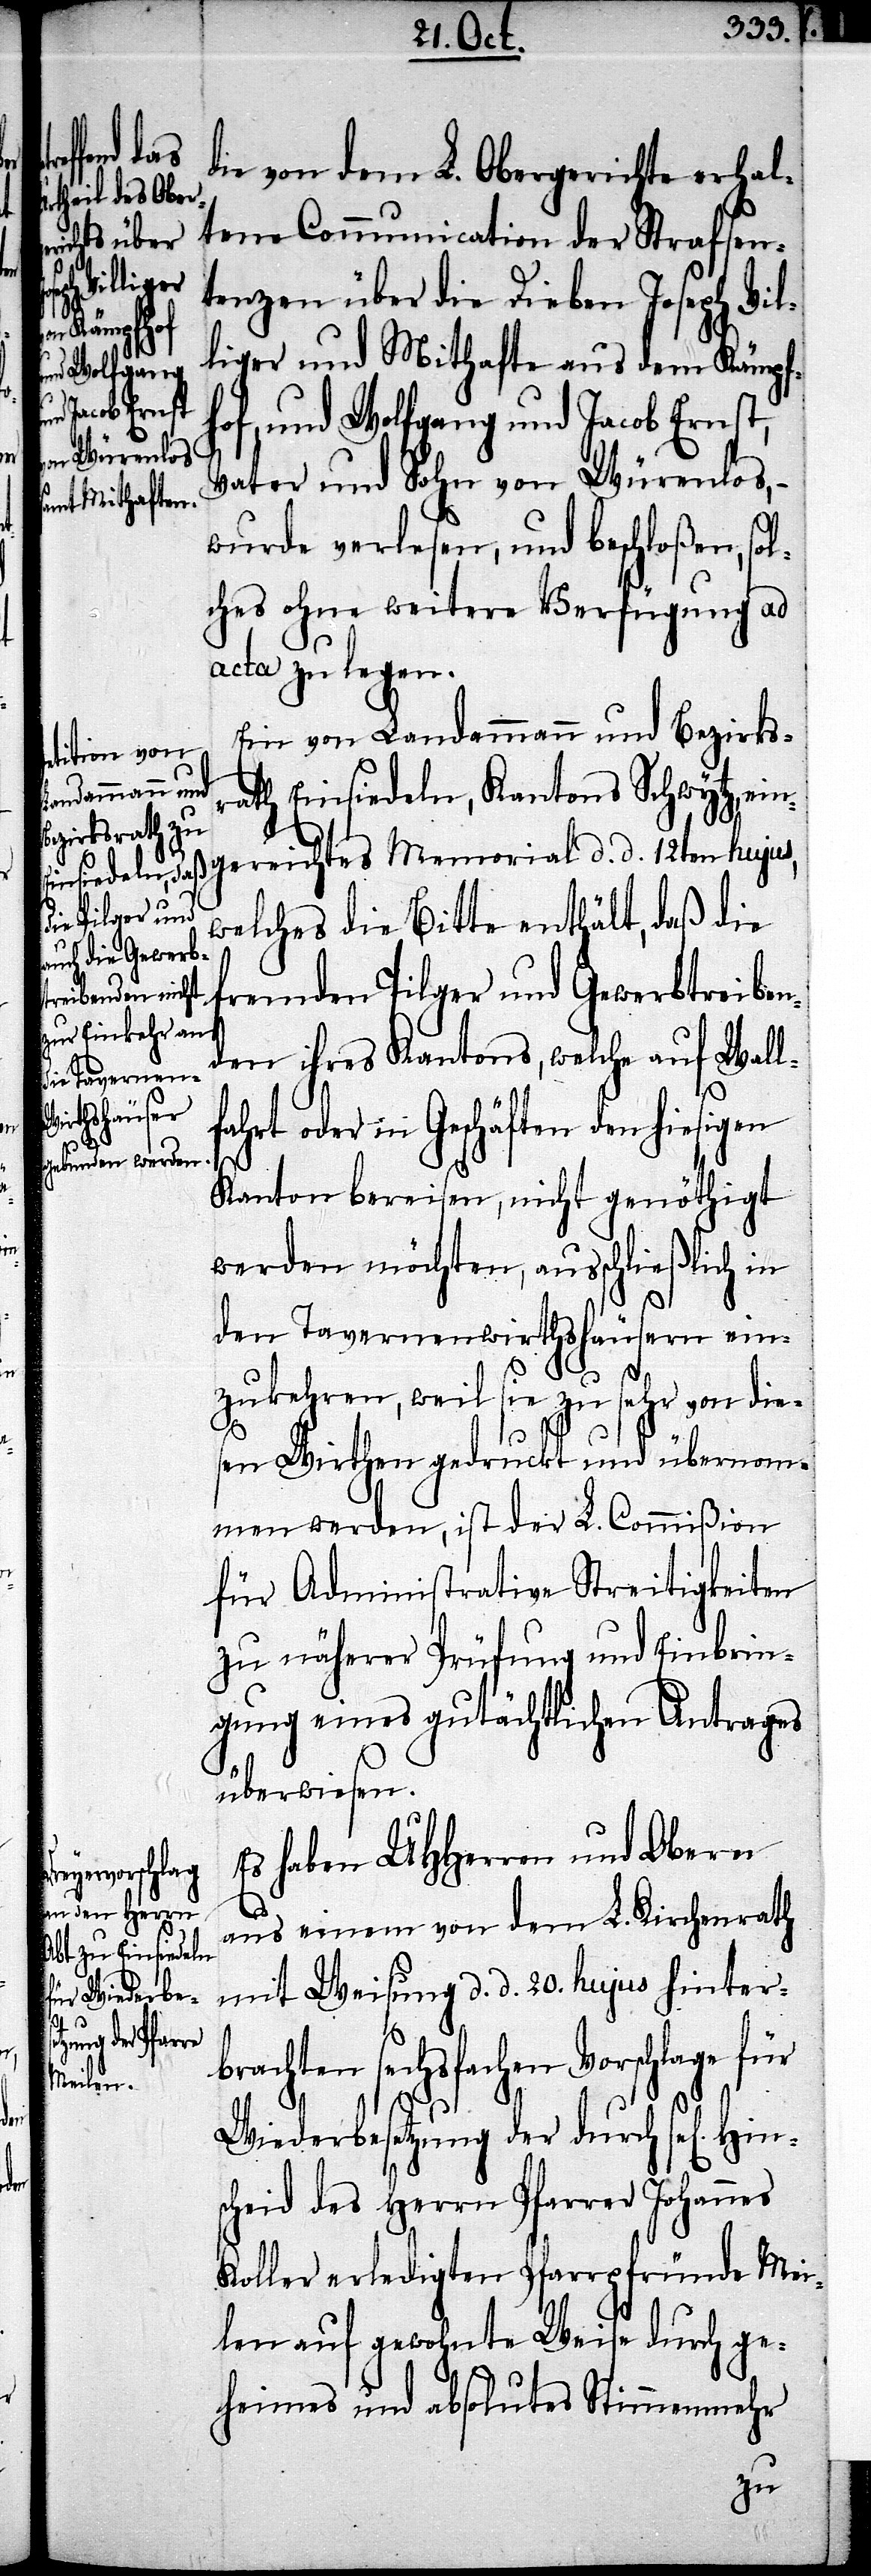
die von dem L. Obergerichte erhal¬
tene Communication der Strafsen¬
tenzen über die Dieben Joseph Vil¬
liger und Mithafte aus dem Kämpfe¬
of, und Wolfgang und Jacob Ernst,
Vater und Sohn von Würenlos,
wurde verlesen, und beschloßen, sol¬
ches ohne weitere Verfügung ad
acta zu legen.
Ein von Landammann und Bezirksr¬
ath Einsiedeln, Kantons Schwytz,
eingereichtes Memorial d. d. 12ten hujus,
welches die Bitte enthält, daß die
fremden Pilger und Gewerbetreiben¬
den ihres Kantons, welche auf Wall¬
fahrt oder in Geschäften den hiesigen
Hins¬
Kanton bereisen, nicht genöthigt
werden möchten, ausschließlich in
den Tavernenwirthshäusern ein¬
zukehren, weil sie zu sehr von die¬
sen Wirthen gedruckt und übernom¬
men werden, ist der L. Commißion
für Administrative Streitigkeiten
zu näherer Prüfung und Einbrin¬
gung eines gutächtlichen Antrages
überwiesen.
Es haben UHHerren und Obern
aus einem von dem L. Kirchenrath
mit Weisung d. d. 20. hujus hinter¬
brachten sechsfachen Vorschlage für
Wiederbesetzung der durch sel[igen]
cheid des Herrn Pfarrer Johannes
Koller erledigten Pfarrpfründe Mei¬
len auf gewohnte Weise durch ge¬
heimes und absolutes Stimmenmehr